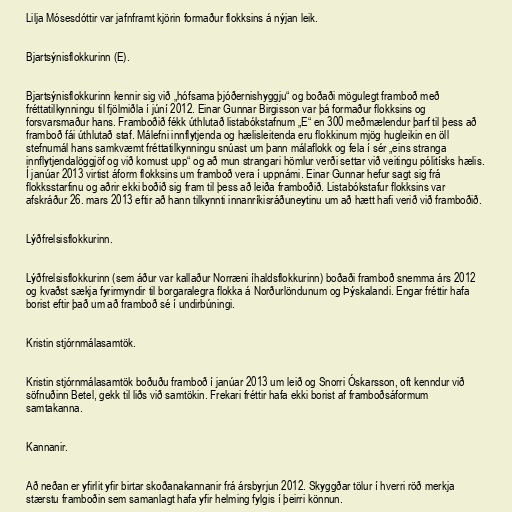
Lilja Mósesdóttir var jafnframt kjörin formaður flokksins á nýjan leik.

Bjartsýnisflokkurinn (E).

Bjartsýnisflokkurinn kennir sig við „hófsama þjóðernishyggju“ og boðaði mögulegt framboð með
fréttatilkynningu til fjölmiðla í júní 2012. Einar Gunnar Birgisson var þá formaður flokksins og
forsvarsmaður hans. Framboðið fékk úthlutað listabókstafnum „E“ en 300 meðmælendur þarf til þess að
framboð fái úthlutað staf. Málefni innflytjenda og hælisleitenda eru flokkinum mjög hugleikin en öll
stefnumál hans samkvæmt fréttatilkynningu snúast um þann málaflokk og fela í sér „eins stranga
innflytjendalöggjöf og við komust upp“ og að mun strangari hömlur verði settar við veitingu pólitísks hælis.
Í janúar 2013 virtist áform flokksins um framboð vera í uppnámi. Einar Gunnar hefur sagt sig frá
flokksstarfinu og aðrir ekki boðið sig fram til þess að leiða framboðið. Listabókstafur flokksins var
afskráður 26. mars 2013 eftir að hann tilkynnti innanríkisráðuneytinu um að hætt hafi verið við framboðið.

Lýðfrelsisflokkurinn.

Lýðfrelsisflokkurinn (sem áður var kallaður Norræni íhaldsflokkurinn) boðaði framboð snemma árs 2012
og kvaðst sækja fyrirmyndir til borgaralegra flokka á Norðurlöndunum og Þýskalandi. Engar fréttir hafa
borist eftir það um að framboð sé í undirbúningi.

Kristin stjórnmálasamtök.

Kristin stjórnmálasamtök boðuðu framboð í janúar 2013 um leið og Snorri Óskarsson, oft kenndur við
söfnuðinn Betel, gekk til liðs við samtökin. Frekari fréttir hafa ekki borist af framboðsáformum
samtakanna.

Kannanir.

Að neðan er yfirlit yfir birtar skoðanakannanir frá ársbyrjun 2012. Skyggðar tölur í hverri röð merkja
stærstu framboðin sem samanlagt hafa yfir helming fylgis í þeirri könnun.